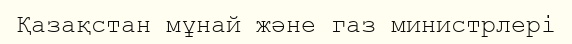
Қазақстан мұнай және газ министрлері